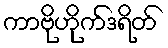
ကာဗိုဟိုက်ဒရိတ်